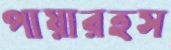
পায়ারহস